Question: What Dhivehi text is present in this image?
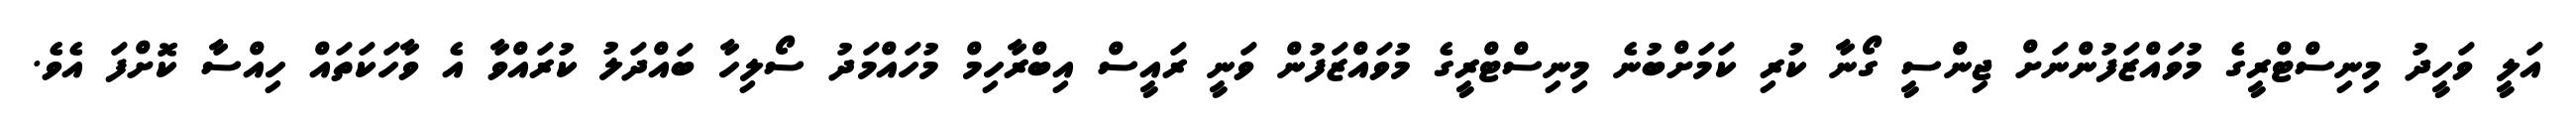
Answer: އަލީ ވަހީދު މިނިސްޓްރީގެ މުވައްޒަފުންނަށް ޖިންސީ ގޯނާ ކުރި ކަމަށްބުނެ މިނިސްޓްރީގެ މުވައްޒަފުން ވަނީ ރައީސް އިބްރާހިމް މުހައްމަދު ސޯލިހާ ބައްދަލު ކުރައްވާ އެ ވާހަކަތައް ހިއްސާ ކޮށްފަ އެވެ.